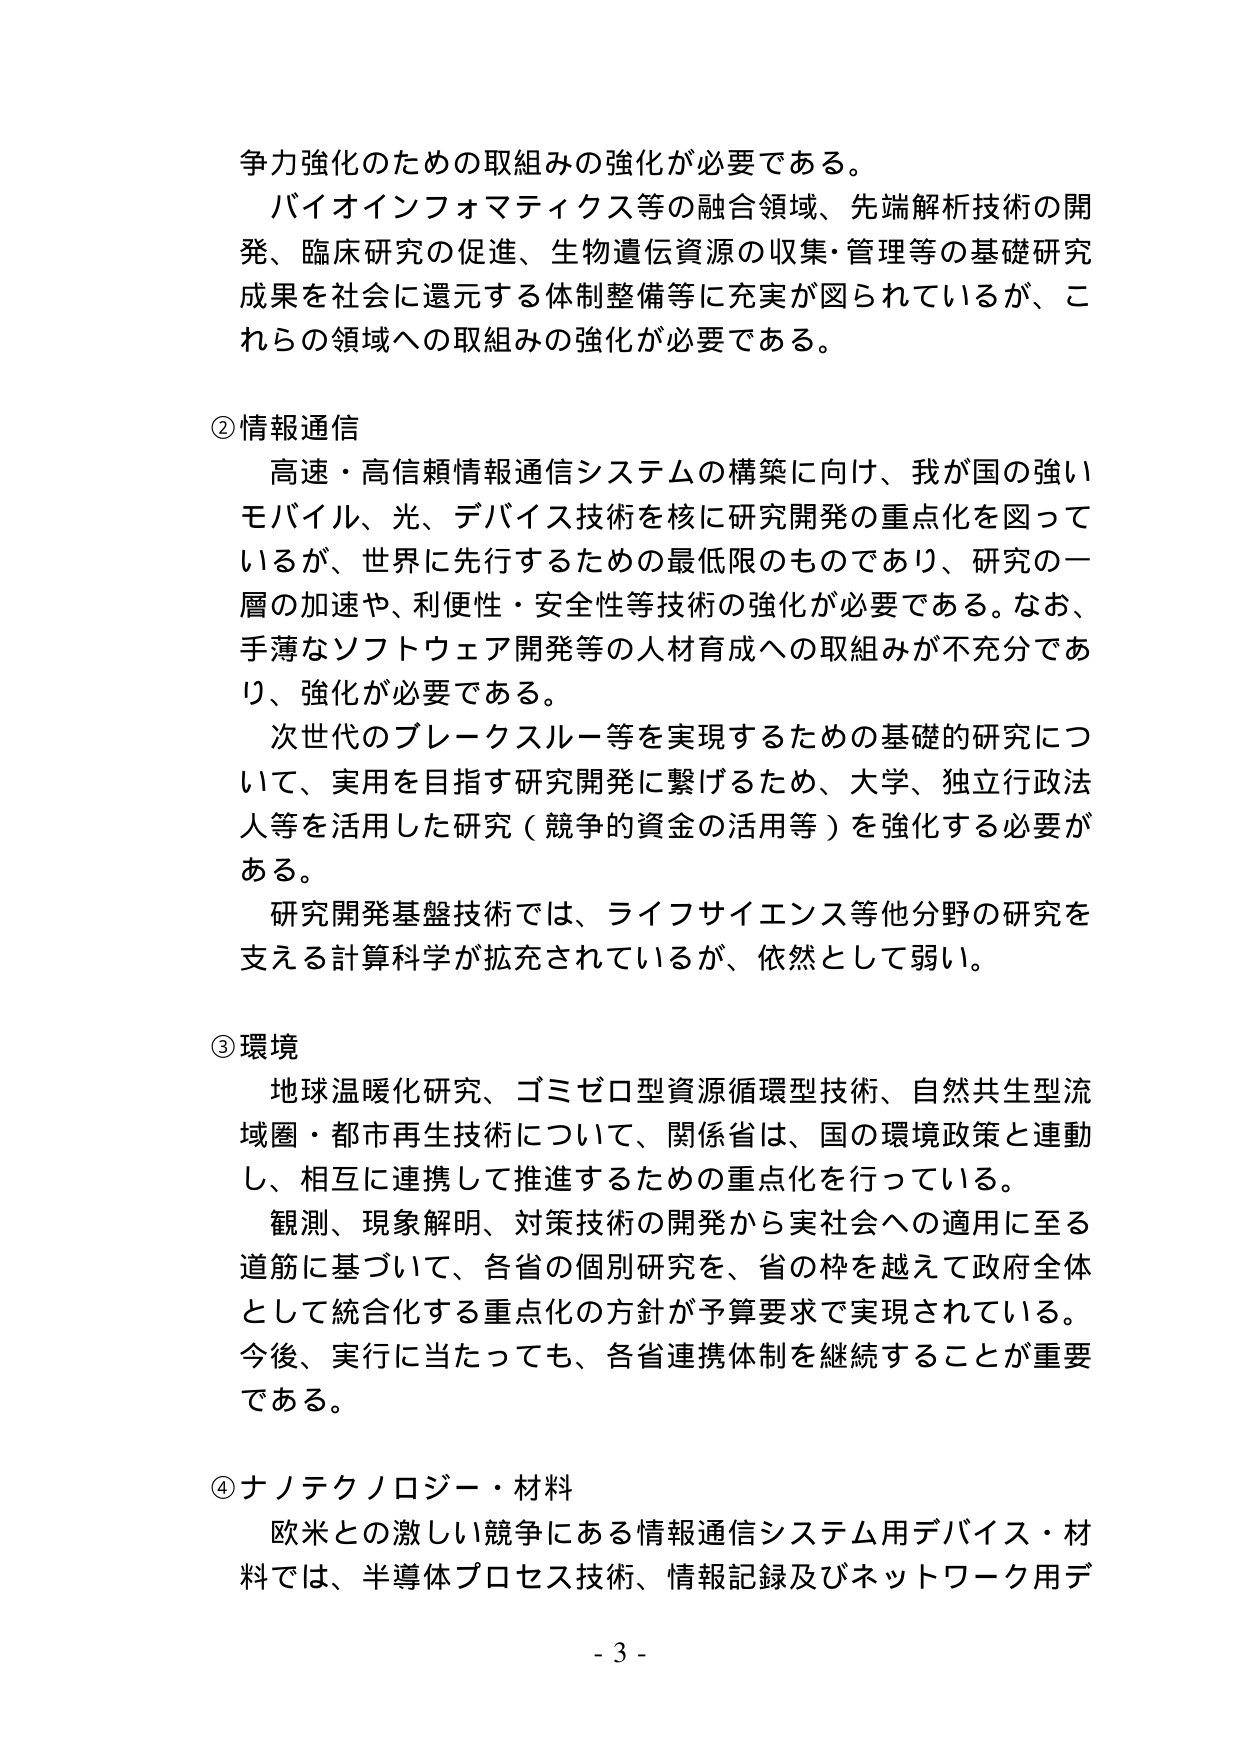
争力強化のための取組みの強化が必要である。
バイオインフォマティクス等の融合領域、先端解析技術の開発、臨床研究の促進、生物遺伝資源の収集・管理等の基礎研究成果を社会に還元する体制整備等に充実が図られているが、これらの領域への取組みの強化が必要である。

② 情報通信
高速・高信頼情報通信システムの構築に向け、我が国の強いモバイル、光、デバイス技術を核に研究開発の重点化を図っているが、世界に先行するための最低限のものであり、研究の一層の加速や、利便性・安全性等技術の強化が必要である。なお、手薄なソフトウェア開発等の人材育成への取組みが不充分であり、強化が必要である。
次世代のブレークスルー等を実現するための基礎的研究について、実用を目指す研究開発に繋げるため、大学、独立行政法人等を活用した研究（競争的資金の活用等）を強化する必要がある。
研究開発基盤技術では、ライフサイエンス等他分野の研究を支える計算科学が拡充されているが、依然として弱い。

③ 環境
地球温暖化研究、ゴミゼロ型資源循環型技術、自然共生型流域圏・都市再生技術について、関係省は、国の環境政策と連動し、相互に連携して推進するための重点化を行っている。
観測、現象解明、対策技術の開発から実社会への適用に至る道筋に基づいて、各省の個別研究を、省の枠を越えて政府全体として統合化する重点化の方針が予算要求で実現されている。今後、実行に当たっても、各省連携体制を継続することが重要である。

④ ナノテクノロジー・材料
欧米との激しい競争にある情報通信システム用デバイス・材料では、半導体プロセス技術、情報記録及びネットワーク用デ

- 3 -